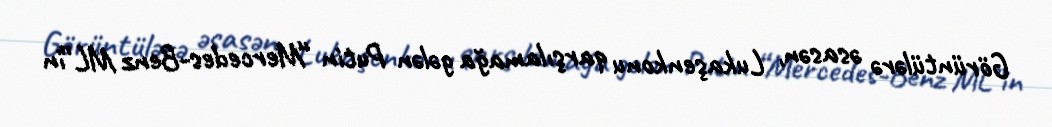
Görüntülərə əsasən, Lukaşenkonu qarşılamağa gələn Putin “Mercedes-Benz ML”in